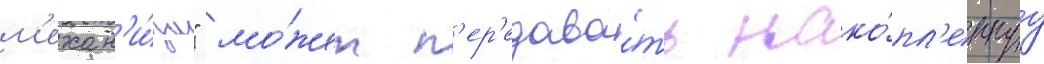
м'ехан'и́зм" мо́жет п'ер'едава́ть нако́пл'еннуу